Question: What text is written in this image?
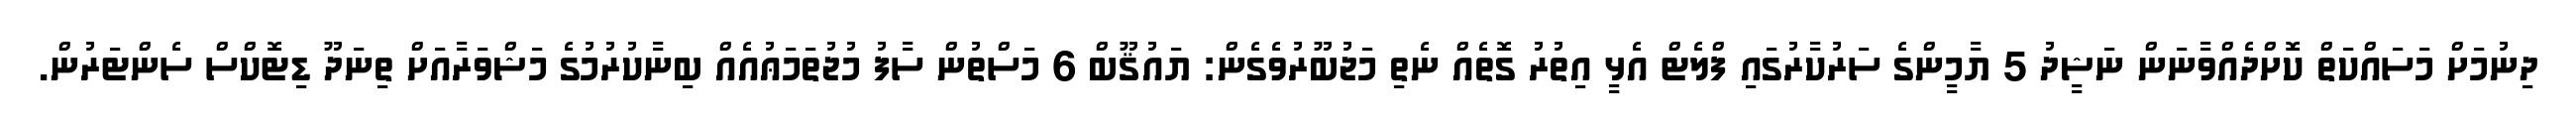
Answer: ދިނުމަށް މަސައްކަތް ކޮށްދެއްވާނަން ނަޝީދު 5 ޔާމީންގެ ސަރުކާރުގައި ފްލެޓް އެޅީ އިތުރު ގޮތެއް ނެތި މަޖުބޫރުވެގެން: ޔައުޤޫބް 6 މަސްތުން ސާފު މުޖުތަމަޢުއެއް ބިނާކުރުމުގެ މަޝްވަރާއަށް ތިނަދޫ ޑިޓޮކްސް ސެންޓަރުން.